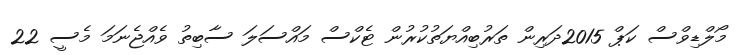
މޯލްޑިވްސް ކަޕް 2015ދަރިން ތަރުބިއްޔަތުކުރުން ޓެކްސް މައްސަލަ ސާބިތު ވެއްޖެނަމަ މެސީ 22